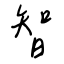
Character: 智